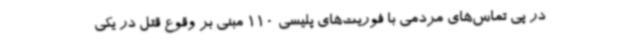
در پی تماس‌های مردمی با فوریت‌های پلیسی 110 مبنی بر وقوع قتل در یکی